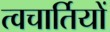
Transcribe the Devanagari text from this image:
त्वचार्तियों